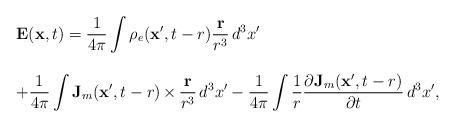
LaTeX: \begin{align*}\begin{array}{l}\mathbf{E}(\mathbf{x},t) =\displaystyle\frac{1}{4\pi}\int\rho_e(\mathbf{x}',t-r)\frac{\mathbf{r}}{r^3}\,d^3x'\\~\\+\displaystyle\frac{1}{4\pi}\int\mathbf{J}_m(\mathbf{x}',t-r)\,{\bf\times}\,\frac{\mathbf{r}}{r^3}\,d^3x'-\displaystyle\frac{1}{4\pi}\int\frac{1}{r}\frac{\partial\mathbf{J}_m(\mathbf{x}',t-r)}{\partial t}\,d^3x' ,\end{array}\end{align*}